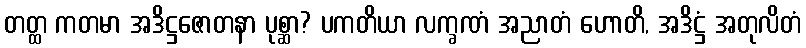
တတ္ထ ကတမာ အဒိဋ္ဌဇောတနာ ပုစ္ဆာ? ပကတိယာ လက္ခဏံ အညာတံ ဟောတိ, အဒိဋ္ဌံ အတုလိတံ